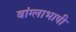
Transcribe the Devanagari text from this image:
बांग्‍लाभाषी